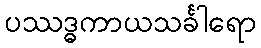
ပဿဒ္ဓကာယသင်္ခါရော